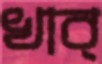
খাব্